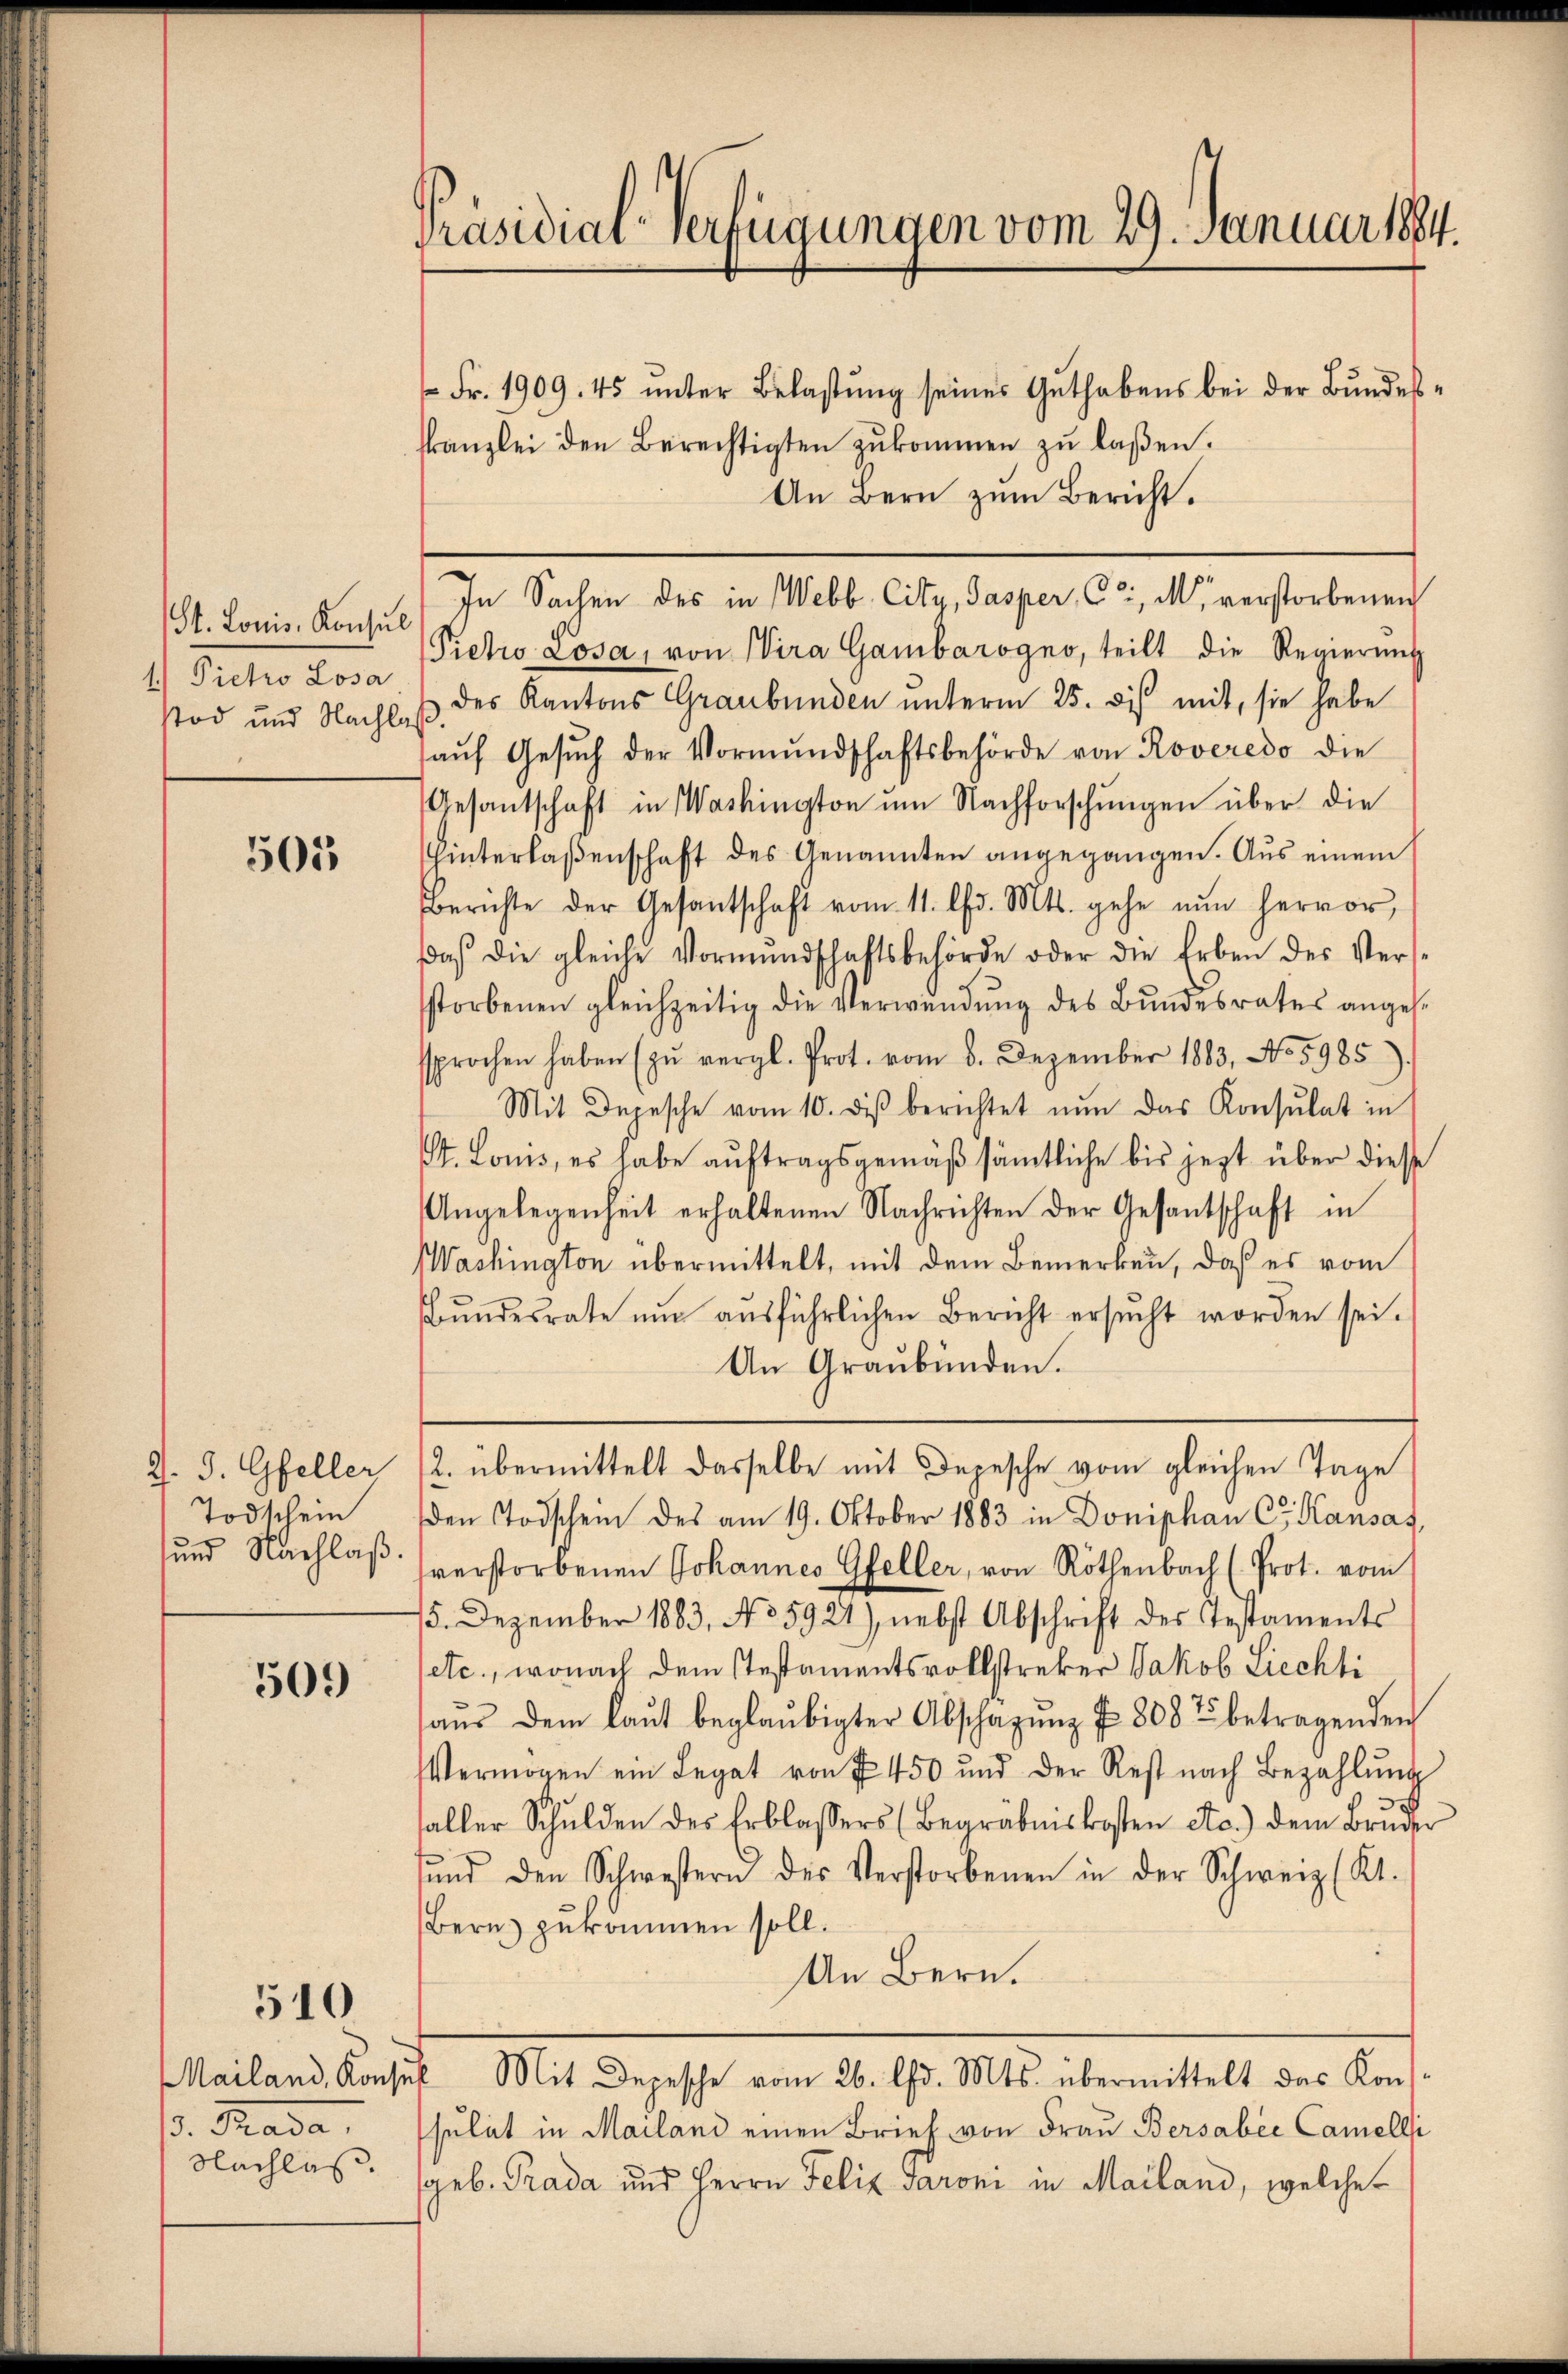
St. Louis. Konsul
1.) Pietro Losa
Tod und Nachla

505

J. J. Gfeller
Todschein
sund Nachlaß.

509

510

d. Trada,
Nachlas.

Präsidial-Verfügungen vom 29. Januar 1884.

Fr. 1909. 45 unter Belastung seines Guthabens bei der Bundeskanzlei den Berechtigten zukommen zu laßen.
An Bern zum Bericht.
Pietio Losa, von Wira Gambarogno, teilt die Regierung
p. des Kantons Graubünden unterm 25. dis mit, sie habe
aŭf Gesŭch der Vormŭndschaftsbehörde von Roveredo die
Gesantschaft in Washington um Nachforschungen über die
hinterlaßenschaft des Genannten angegangen. Aus einem
Berichte der Gesantschaft vom 11. d. Mts. gehe nŭn hervor,
daβ die gleiche Vormŭndschaftsbehörde oder die Erben des Ver-
storbenen gleichzeitig die Verwendung des Bundesrates angessprochen haben (zŭ vergl. Prot. vom 6. Dezember 1883, No 5985)
Mit Depesche vom 10. diβ berichtet nŭn das Konsulat in
St. Louis, es habe auftragsgemäß sämtliche bis jezt über diese
Angelegenheit erhaltenen Nachrichten der Gesantschaft in
Washington übermittelt, mit dem Bemerken, daß es vom
Bŭndesrate ŭm aŭsführlichen Bericht ersŭcht worden sei.
An Graubünden.
2. übermittelt dasselbe mit Depesche vom gleichen Tage
den Todschein des am 19. Oktober 1883 in Doniphan C. Kausas,
sverstorbenen Johannes Gfeller, von Röthenbach (Prot. vom
75. Dezember 1883, No 5921), nebst Abschrift des Testaments
etc., wonach dem stestamentsvollstreker Jakob Liechti
haŭs dem laŭt beglaubigter Abschazŭng N. 808 betragenden
Vermögen ein Legat von § 450 und der Rest nach Bezahlŭng
faller Schulden des Erblassers (Begräbniskosten etc.) dem Bruder
sŭnd den Schwestern des Verstorbenen in der Schweiz (Kt.
Bern zukommen soll.
An Bern.
Mailand, Konsul Mit Depesche vom 26. d. Mts. übermittelt das Kons-
sulat in Mailand einen Brief von Frau Bersabée Camelli
geb. Prada und Herrn Felix Jaroni in Mailand, welche

In Sachen des in Webb. City, Pasper C. M. verstorbenen